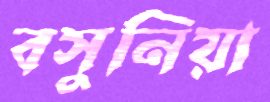
বসুনিয়া